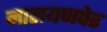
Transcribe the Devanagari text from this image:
नारायणपेठ